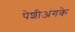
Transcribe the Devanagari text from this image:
पेशीअंगके